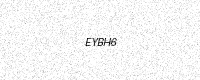
Text: EYBH6